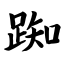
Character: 踟